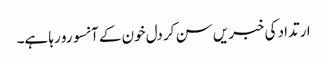
ارتداد کی خبریں سن کر دل خون کے آنسو رو رہا ہے۔